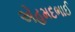
એહમદભાઈ